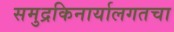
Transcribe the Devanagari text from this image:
समुद्रकिनार्यालगतचा